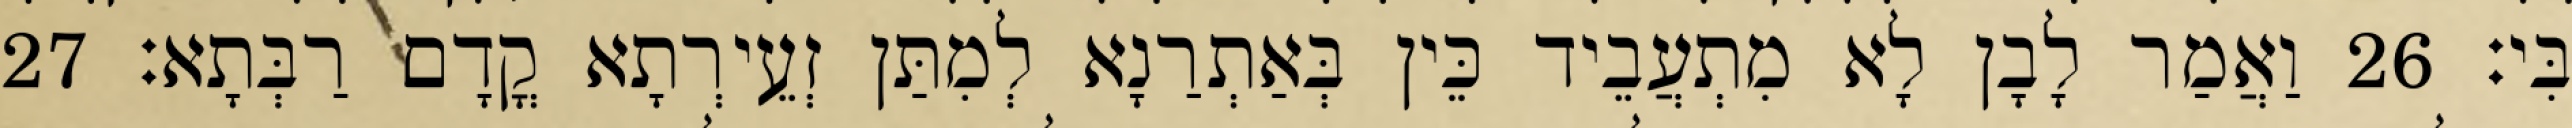
בִּי׃ 26 וַאֲמַר לָבָן לָא מִתְעֲבֵיד כֵּין בְּאַתְרַנָא לְמִתַּן זְעֵירְתָא קֳדָם רַבְּתָא׃ 27